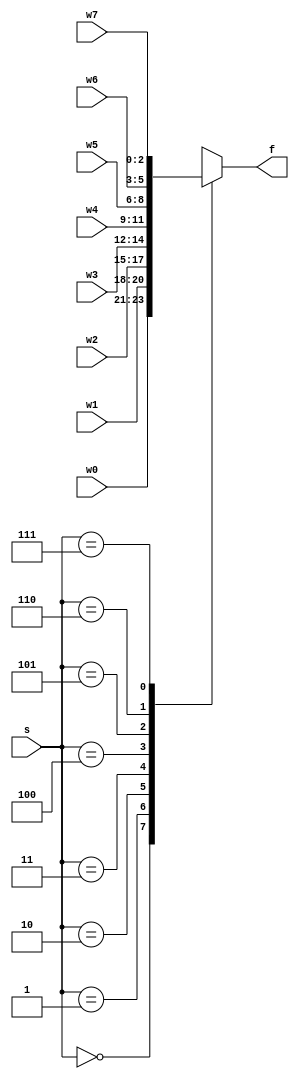
module mux_8x1_nbit
    #(parameter N = 3)
    (
    input [N - 1 : 0] w0, w1, w2, w3, w4, w5, w6, w7,
    input [2 : 0] s,
    output reg [N - 1 : 0] f
    );
    
    always @(w0, w1, w2, w3, w4, w5, w6, w7, s)
    begin
        // default values
        f = 'bx;                 
        case(s)
            3'b000: f = w0;                
            3'b001: f = w1;
            3'b010: f = w2;
            3'b011: f = w3;
            3'b100: f = w4;
            3'b101: f = w5;
            3'b110: f = w6;
            3'b111: f = w7;
            default: f = 'bx;
        endcase              
    end
endmodule